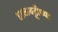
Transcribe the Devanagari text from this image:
डाळबट्टीच्या